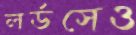
লর্ডসেও